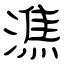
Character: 潐